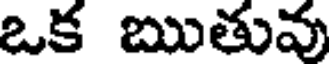
ఒక ఋతువు